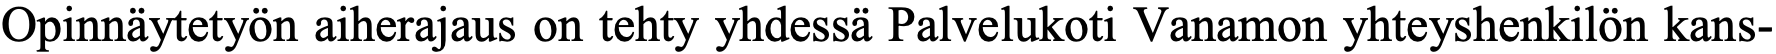
Opinnäytetyön aiherajaus on tehty yhdessä Palvelukoti Vanamon yhteyshenkilön kans-